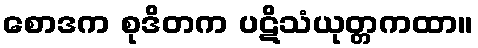
စောဒက စုဒိတက ပဋိသံယုတ္တကထာ။